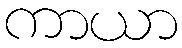
ကာယာ